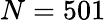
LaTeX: N=501